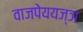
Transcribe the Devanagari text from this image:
वाजपेययज्ञ